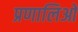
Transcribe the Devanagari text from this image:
प्रणालिओ